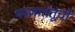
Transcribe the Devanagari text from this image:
मज्जातंतूंची